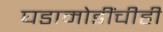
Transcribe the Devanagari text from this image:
घडामोडींचीही